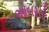
ઓબરલી